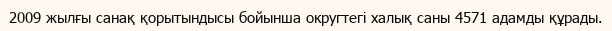
2009 жылғы санақ қорытындысы бойынша округтегі халық саны 4571 адамды құрады.